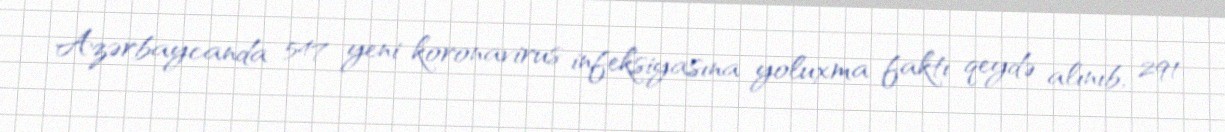
Azərbaycanda 547 yeni koronavirus infeksiyasına yoluxma faktı qeydə alınıb, 291